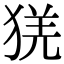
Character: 猐